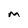
Character: m